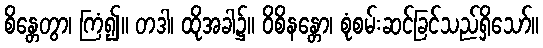
စိန္တေတွာ၊ ကြံ၍။ တဒါ၊ ထိုအခါ၌။ ဝိစိနန္တော၊ စုံစမ်းဆင်ခြင်သည်ရှိသော်။